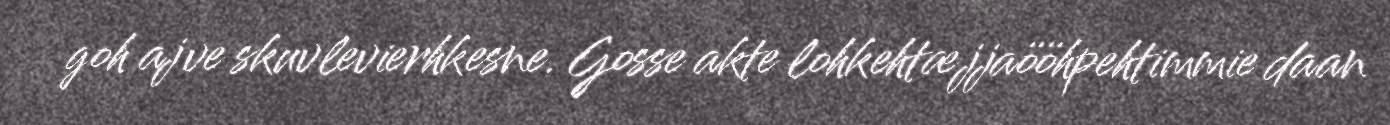
goh ajve skuvlevierhkesne. Gosse akte lohkehtæjjaööhpehtimmie daan